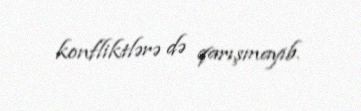
konfliktlərə də qarışmayıb.